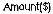
AMOUNT($)